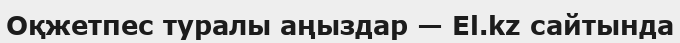
Оқжетпес туралы аңыздар — El.kz сайтында